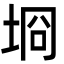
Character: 埛